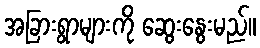
အခြားရွာများကို ဆွေးနွေးမည်။